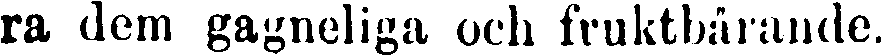
ra dem gagneliga och fruktbärande.